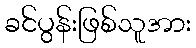
ခင်ပွန်းဖြစ်သူအား